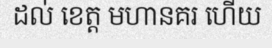
ដល់ ខេត្ត មហានគរ ហើយ